Annual report of the Imperial Bacteriologist
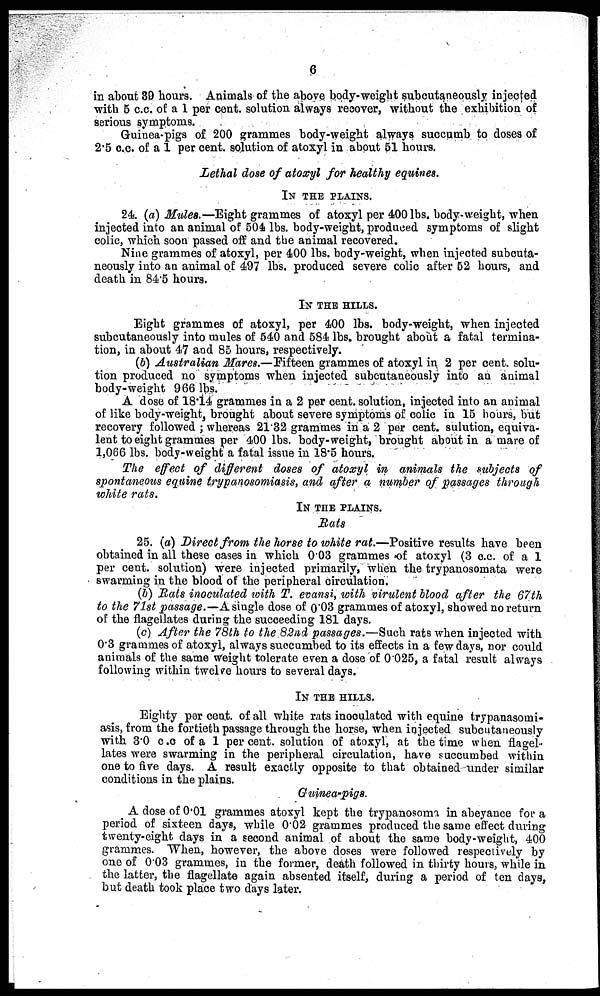
6
in about 39 hours. Animals of the above body-weight subcutaneously injected
with 5 c.c. of a 1 per cent. solution always recover, without the exhibition of
serious symptoms.
Guinea-pigs of 200 grammes body-weight always succumb to doses of
2.5 c.c. of a 1 per cent. solution of atoxyl in about 51 hours.
Lethal dose of atoxyl for healthy equines.
IN THE PLAINS.
24. (a) Mules.—Eight grammes of atoxyl per 400 lbs. body-weight, when
injected into an animal of 504 lbs. body-weight, produced symptoms of slight
colic, which soon passed off and the animal recovered.
Nine grammes of atoxyl, per 400 lbs. body-weight, when injected subcuta-
neously into an animal of 497 lbs. produced severe colic after 52 hours, and
death in 84.5 hours.
IN THE HILLS.
Eight grammes of atoxyl, per 400 lbs. body-weight, when injected
subcutaneously into mules of 540 and 584 lbs. brought about a fatal termina-
tion, in about 47 and 85 hours, respectively.
(b) Australian Mares.—Fifteen grammes of atoxyl in 2 per cent. solu-
tion produced no symptoms when injected subcutaneously into an animal
body-weight 966 lbs.
A dose of 18.14 grammes in a 2 per cent. solution, injected into an animal
of like body-weight, brought about severe symptoms of colic in 15 hours, but
recovery followed ; whereas 21.32 grammes in a 2 per cent. sulution, equiva-
lent to eight grammes per 400 lbs. body-weight, brought about in a mare of
1,066 lbs. body-weight a fatal issue in 18.5 hours.
The effect of different doses of atoxyl in animals the subjects of
spontaneous equine trypanosomiasis, and after a number of passages through
white rats.
IN THE PLAINS.
Rats
25. (a) Direct from the horse to white rat.—Positive results have been
obtained in all these cases in which 0.03 grammes of atoxyl (3 c.c. of a 1
per cent. solution) were injected primarily, when the trypanosomata were
swarming in the blood of the peripheral circulation.
(b) Rats inoculated with T. evansi, with virulent blood after the 67th
to the 71st passage.—A single dose of 0.03 grammes of atoxyl, showed no return
of the flagellates during the succeeding 181 days.
(c) After the 78th to the 82nd passages.—Such rats when injected with
0.3 grammes of atoxyl, always succumbed to its effects in a few days, nor could
animals of the same weight tolerate even a dose of 0.025, a fatal result always
following within twelve hours to several days.
IN THE HILLS.
Eighty per cent. of all white rats inoculated with equine trypanasomi-
asis, from the fortieth passage through the horse, when injected subcutaneously
with 3.0 c.c. of a 1 per cent. solution of atoxyl, at the time when flagel
lates were swarming in the peripheral circulation, have succumbed within
one to five days. A result exactly opposite to that obtained under similar
conditions in the plains.
Guinea-pigs.
A dose of 0.01 grammes atoxyl kept the trypanosoma in abeyance for a
period of sixteen days, while 0.02 grammes produced the same effect during
twenty-eight days in a second animal of about the same body-weight, 400
grammes. When, however, the above doses were followed respectively by
one of 0.03 grammes, in the former, death followed in thirty hours, while in
the latter, the flagellate again absented itself, during a period of ten days,
but death took place two days later.